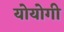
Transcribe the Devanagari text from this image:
योयोगी